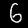
Label: 6